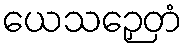
ယေသဉှေတံ